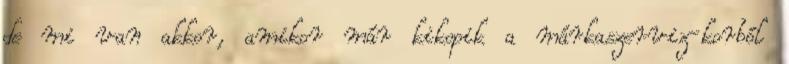
de mi van akkor, amikor már kikopik a márkaszerviz-korból